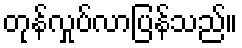
တုန်လှုပ်လာပြန်သည်။